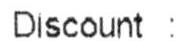
DISCOUNT :